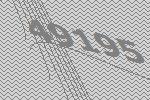
49195